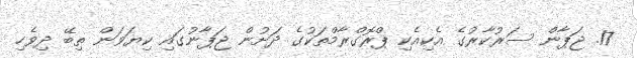
17. ޖަޕާން ސަރުކާރުގެ އެކިއެކި ޕްރޮގްރާމްތަކުގެ ދަށުން ޖަޕާނުގައި ކިޔަވަން ތިބޭ ދިވެހި